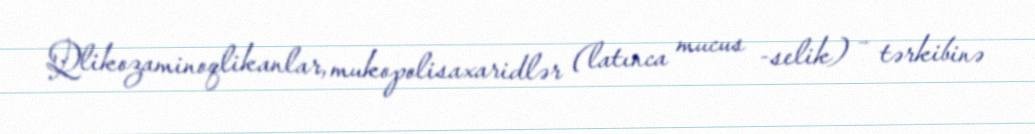
Qlikozaminoqlikanlar, mukopolisaxaridlər (latınca mucus -selik) – tərkibinə